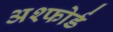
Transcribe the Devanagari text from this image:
अश्फोर्ड